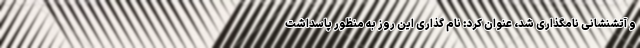
و آتشنشانی نامگذاری شد، عنوان کرد: نام گذاری این روز به منظور پاسداشت